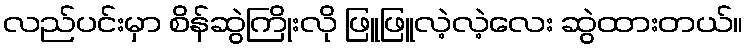
လည်ပင်းမှာ စိန်ဆွဲကြိုးလို ဖြူဖြူလဲ့လဲ့လေး ဆွဲထားတယ်။